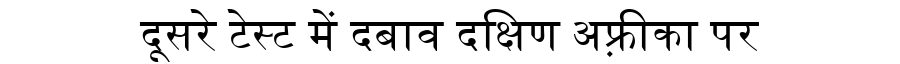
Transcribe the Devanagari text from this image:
दूसरे टेस्ट में दबाव दक्षिण अफ़्रीका पर